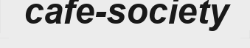
cafe-society